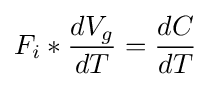
F_{i}*{\frac {dV_{g}}{dT}}={\frac {dC}{dT}}